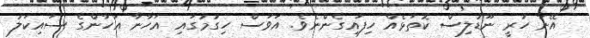
އޭނާ ހުރީ ނޫޑުލިސް ކޮތަޅެއް ހިފައިގެންނެވެ. އަވަސް ހިގުމުގައި އަހާނާ އަހާންގެ ސައިކަލު